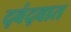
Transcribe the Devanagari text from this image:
द्वंद्वात